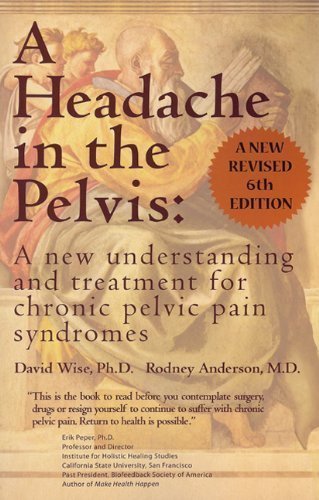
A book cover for A Headache in the Pelvis: A New Understanding and Treatment for Chronic Pelvic Pain Syndromes [Perfect Paperback]; David Wise; Health, Fitness & Dieting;